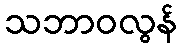
သဘာဝလွန်